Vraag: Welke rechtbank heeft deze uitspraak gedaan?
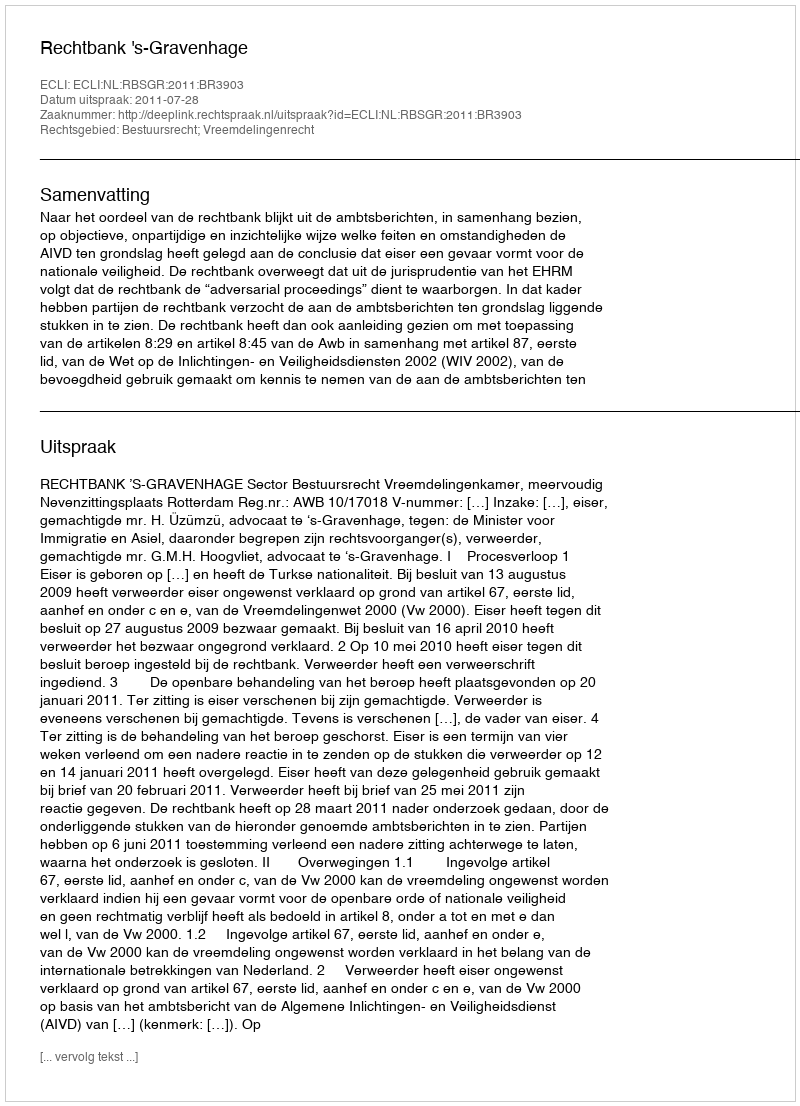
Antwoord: Rechtbank 's-Gravenhage